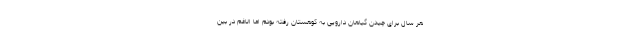
هر سال برای چیدن گیاهان دارویی به کوهستان رفته بودم اما الاغم در بین